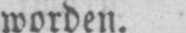
worden.